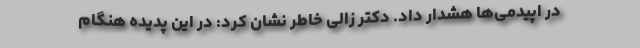
در اپیدمی‌ها هشدار داد. دکتر زالی خاطر نشان کرد: در این پدیده هنگام